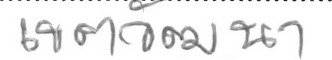
เขตวัฒนา